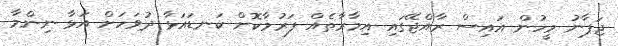
ޖަޕާނު މީހުން އައިސް ރާއްޖޭގައި އިމާރާތެއް ފަރުމާކޮށް ކަނޑައަޅާ ދުވަހަށް އަޅާ ނިންމާ